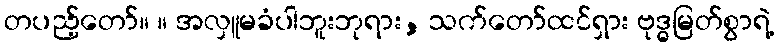
တပည့်တော်။ ။ အလှူမခံပါဘူးဘုရား, သက်တော်ထင်ရှား ဗုဒ္ဓမြတ်စွာရဲ့